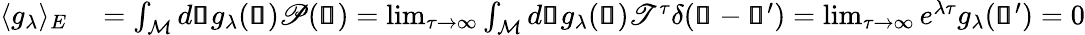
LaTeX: \begin{array}{rl}{\langle g_{\lambda}\rangle_{E}}&{{}=\int_{\mathcal{M}}d\pmb{\mathscr{s}}g_{\lambda}(\pmb{\mathscr{s}})\mathscr{P}(\pmb{\mathscr{s}})=\operatorname*{lim}_{\tau\rightarrow\infty}\int_{\mathcal{M}}d\pmb{\mathscr{s}}g_{\lambda}(\pmb{\mathscr{s}})\mathscr{T}^{\tau}\delta(\pmb{\mathscr{s}}-\pmb{\mathscr{s}}^{\prime})=\operatorname*{lim}_{\tau\rightarrow\infty}e^{\lambda\tau}g_{\lambda}(\pmb{\mathscr{s}}^{\prime})=0}\end{array}